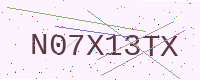
Text: N07X13TX